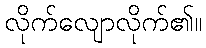
လိုက်လျောလိုက်၏။